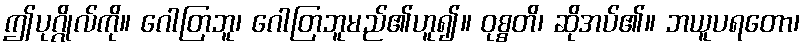
ဤပုဂ္ဂိုလ်ကို။ ဂေါတြဘူ၊ ဂေါတြဘူမည်၏ဟူ၍။ ဝုစ္စတိ၊ ဆိုအပ်၏။ ဘယူပရတော၊